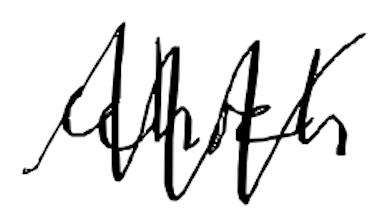
Text: which
Cross-out: zig-zag
Writing tool: digital_black